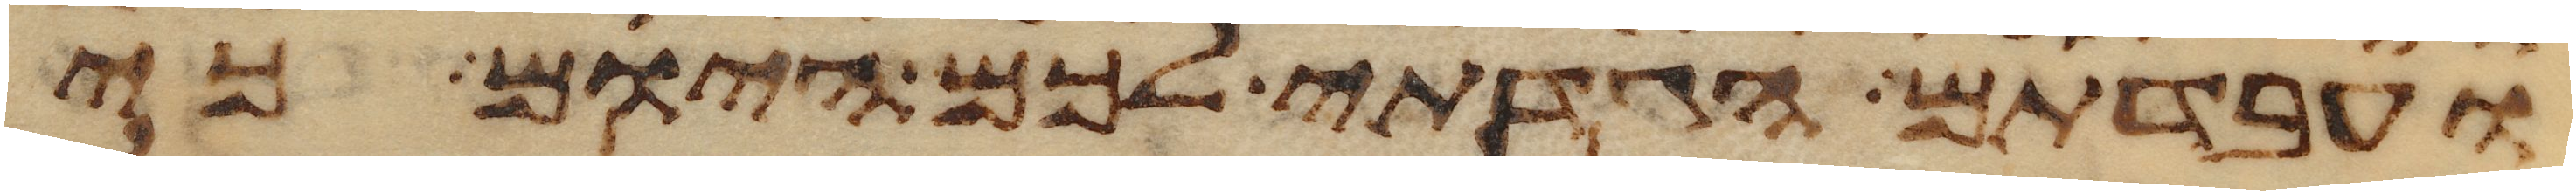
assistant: ועבדתם הגדתי לכם היום כי